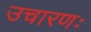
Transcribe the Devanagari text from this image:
उचारणः